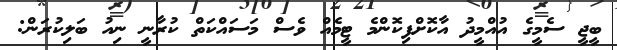
ބީޖީ ސެމީގެ އުއްމީދު އާކޮށްފިކޮންމެ ޓީމެއް ވެސް މަސައްކަތް ކުރާނީ ނިއު ބަލިކުރަން: